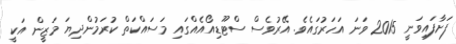
ފަށާފައިވަނީ 2015 ވަނަ އަހަރުގައެވެ. އޭރުވެސް ސްޓޫޑިއޯއެއްގައި މަސައްކަތް ކުރަމުންދިޔަ މަޒީން އަކީ